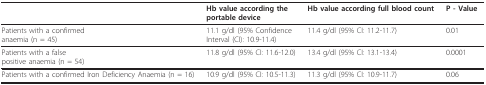
<table><thead><tr><td></td><td><b>Hb value according theportable device</b></td><td><b>Hb value according full blood count</b></td><td><b>P - Value</b></td></tr></thead><tbody><tr><td>Patients with a confirmedanaemia (n = 45)</td><td>11.1 g/dl (95% ConfidenceInterval (CI): 10.9-11.4)</td><td>11.4 g/dl (95% CI: 11.2-11.7)</td><td>0.01</td></tr><tr><td>Patients with a falsepositive anaemia (n = 54)</td><td>11.8 g/dl (95% CI: 11.6-12.0)</td><td>13.4 g/dl (95% CI: 13.1-13.4)</td><td>0.0001</td></tr><tr><td>Patients with a confirmed Iron Deficiency Anaemia (n = 16)</td><td>10.9 g/dl (95% CI: 10.5-11.3)</td><td>11.3 g/dl (95% CI: 10.9-11.7)</td><td>0.06</td></tr></tbody></table>